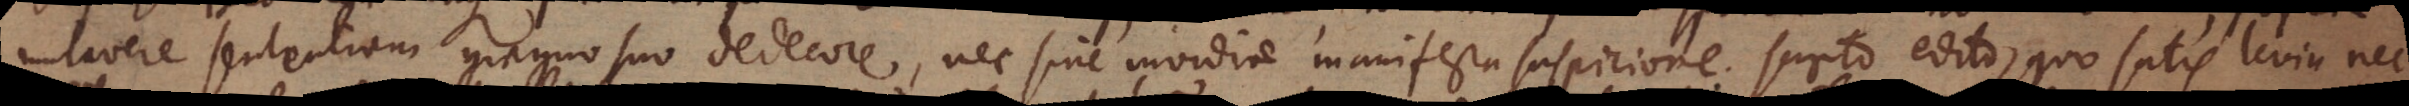
mutavere sententiam magno suo dedecore, nec sine invidiae manifesta suspicione scripto edito, quo satis levia nec